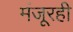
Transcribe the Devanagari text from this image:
मंजूरही